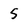
Character: 5